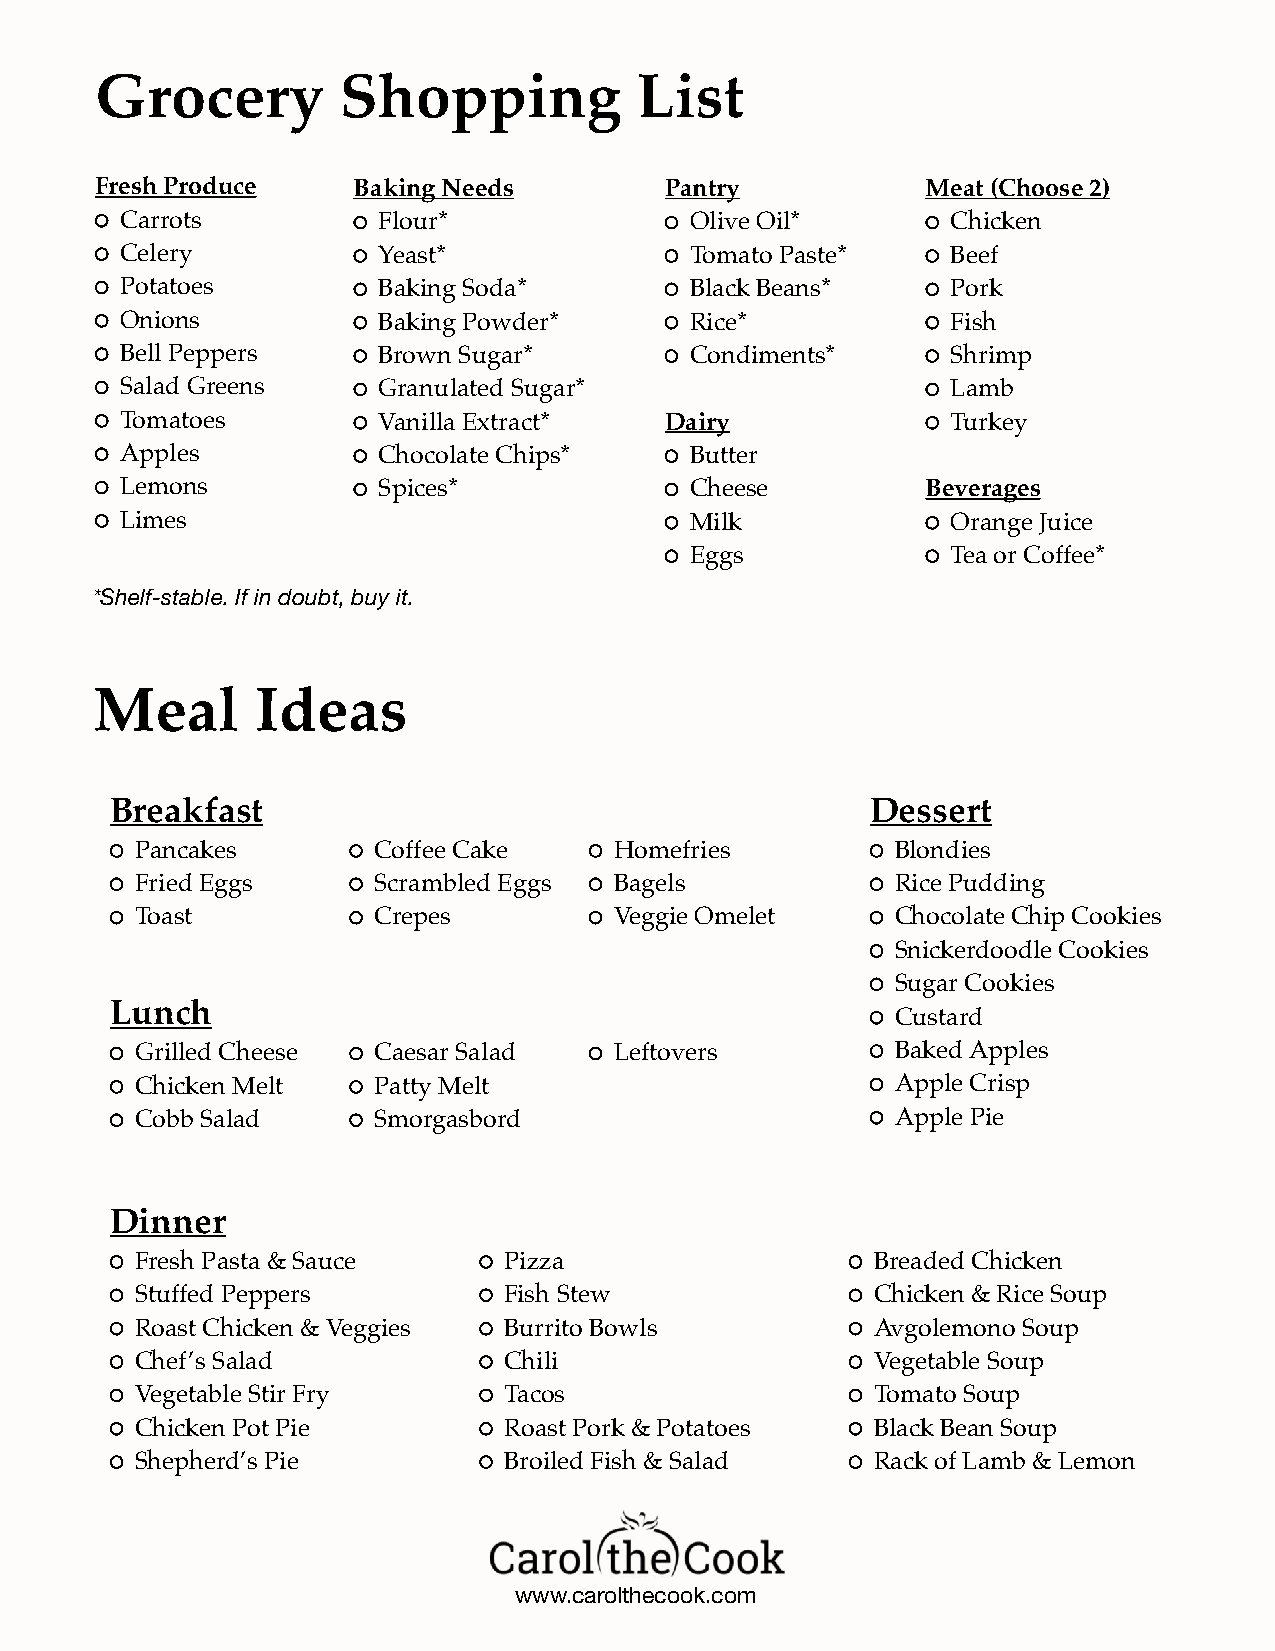
Grocery         Shopping            List
 Fresh Produce    Baking Needs         Pantry           Meat (Choose 2)
 Carrots          Flour*               Olive Oil*       Chicken
 Celery           Yeast*               Tomato Paste*    Beef
 Potatoes         Baking Soda*         Black Beans*     Pork
 Onions           Baking Powder*       Rice*            Fish
 Bell Peppers     Brown Sugar*         Condiments*      Shrimp
 Salad Greens     Granulated Sugar*                     Lamb
 Tomatoes         Vanilla Extract*   Dairy              Turkey
 Apples           Chocolate Chips*     Butter
 Lemons           Spices*              Cheese         Beverages
 Limes                                 Milk             Orange Juice
 Eggs             Tea or Coffee*
 *Shelf-stable. If in doubt, buy it.
 Meal       Ideas
 Breakfast                                          Dessert
 Pancakes        Coffee Cake     Homefries         Blondies
 Fried Eggs      Scrambled Eggs  Bagels            Rice Pudding
 Toast           Crepes          Veggie Omelet     Chocolate Chip Cookies
 Snickerdoodle Cookies
 Sugar Cookies
 Lunch
 Custard
 Grilled Cheese  Caesar Salad    Leftovers         Baked Apples
 Chicken Melt    Patty Melt                        Apple Crisp
 Cobb Salad      Smorgasbord                       Apple Pie
 Dinner
 Fresh Pasta & Sauce     Pizza                    Breaded Chicken
 Stuffed Peppers         Fish Stew                Chicken & Rice Soup
 Roast Chicken & Veggies Burrito Bowls            Avgolemono Soup
 Chef’s Salad            Chili                    Vegetable Soup
 Vegetable Stir Fry      Tacos                    Tomato Soup
 Chicken Pot Pie         Roast Pork & Potatoes    Black Bean Soup
 Shepherd’s Pie          Broiled Fish & Salad     Rack of Lamb & Lemon
 www.carolthecook.com